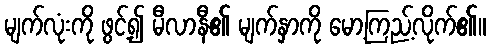
မျက်လုံးကို ဖွင့်၍ မီလာနီ၏ မျက်နှာကို မော့ကြည့်လိုက်၏။